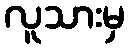
လူသားမှ